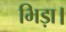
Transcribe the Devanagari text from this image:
भिड़ा।